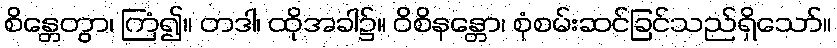
စိန္တေတွာ၊ ကြံ၍။ တဒါ၊ ထိုအခါ၌။ ဝိစိနန္တော၊ စုံစမ်းဆင်ခြင်သည်ရှိသော်။